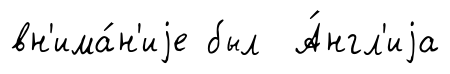
вн'има́н'иjе был А́нгл'иjа